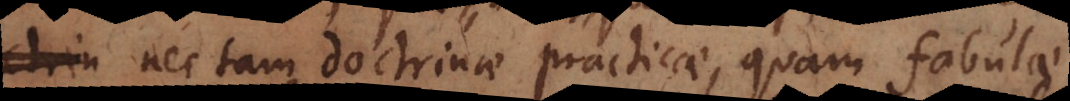
patet, nec tam doctrinae practicae, quam fabulae